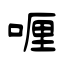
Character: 喱